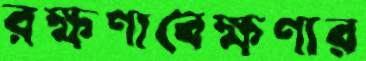
রক্ষণাবেক্ষণার